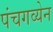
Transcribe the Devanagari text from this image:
पंचगव्येन